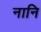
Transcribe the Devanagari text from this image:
नानि